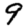
Digit: 9